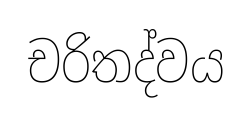
චරිතද්වය